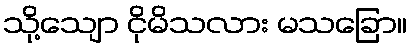
သို့သျော ငိုမိသလား မသခြော။